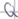
Text: Q